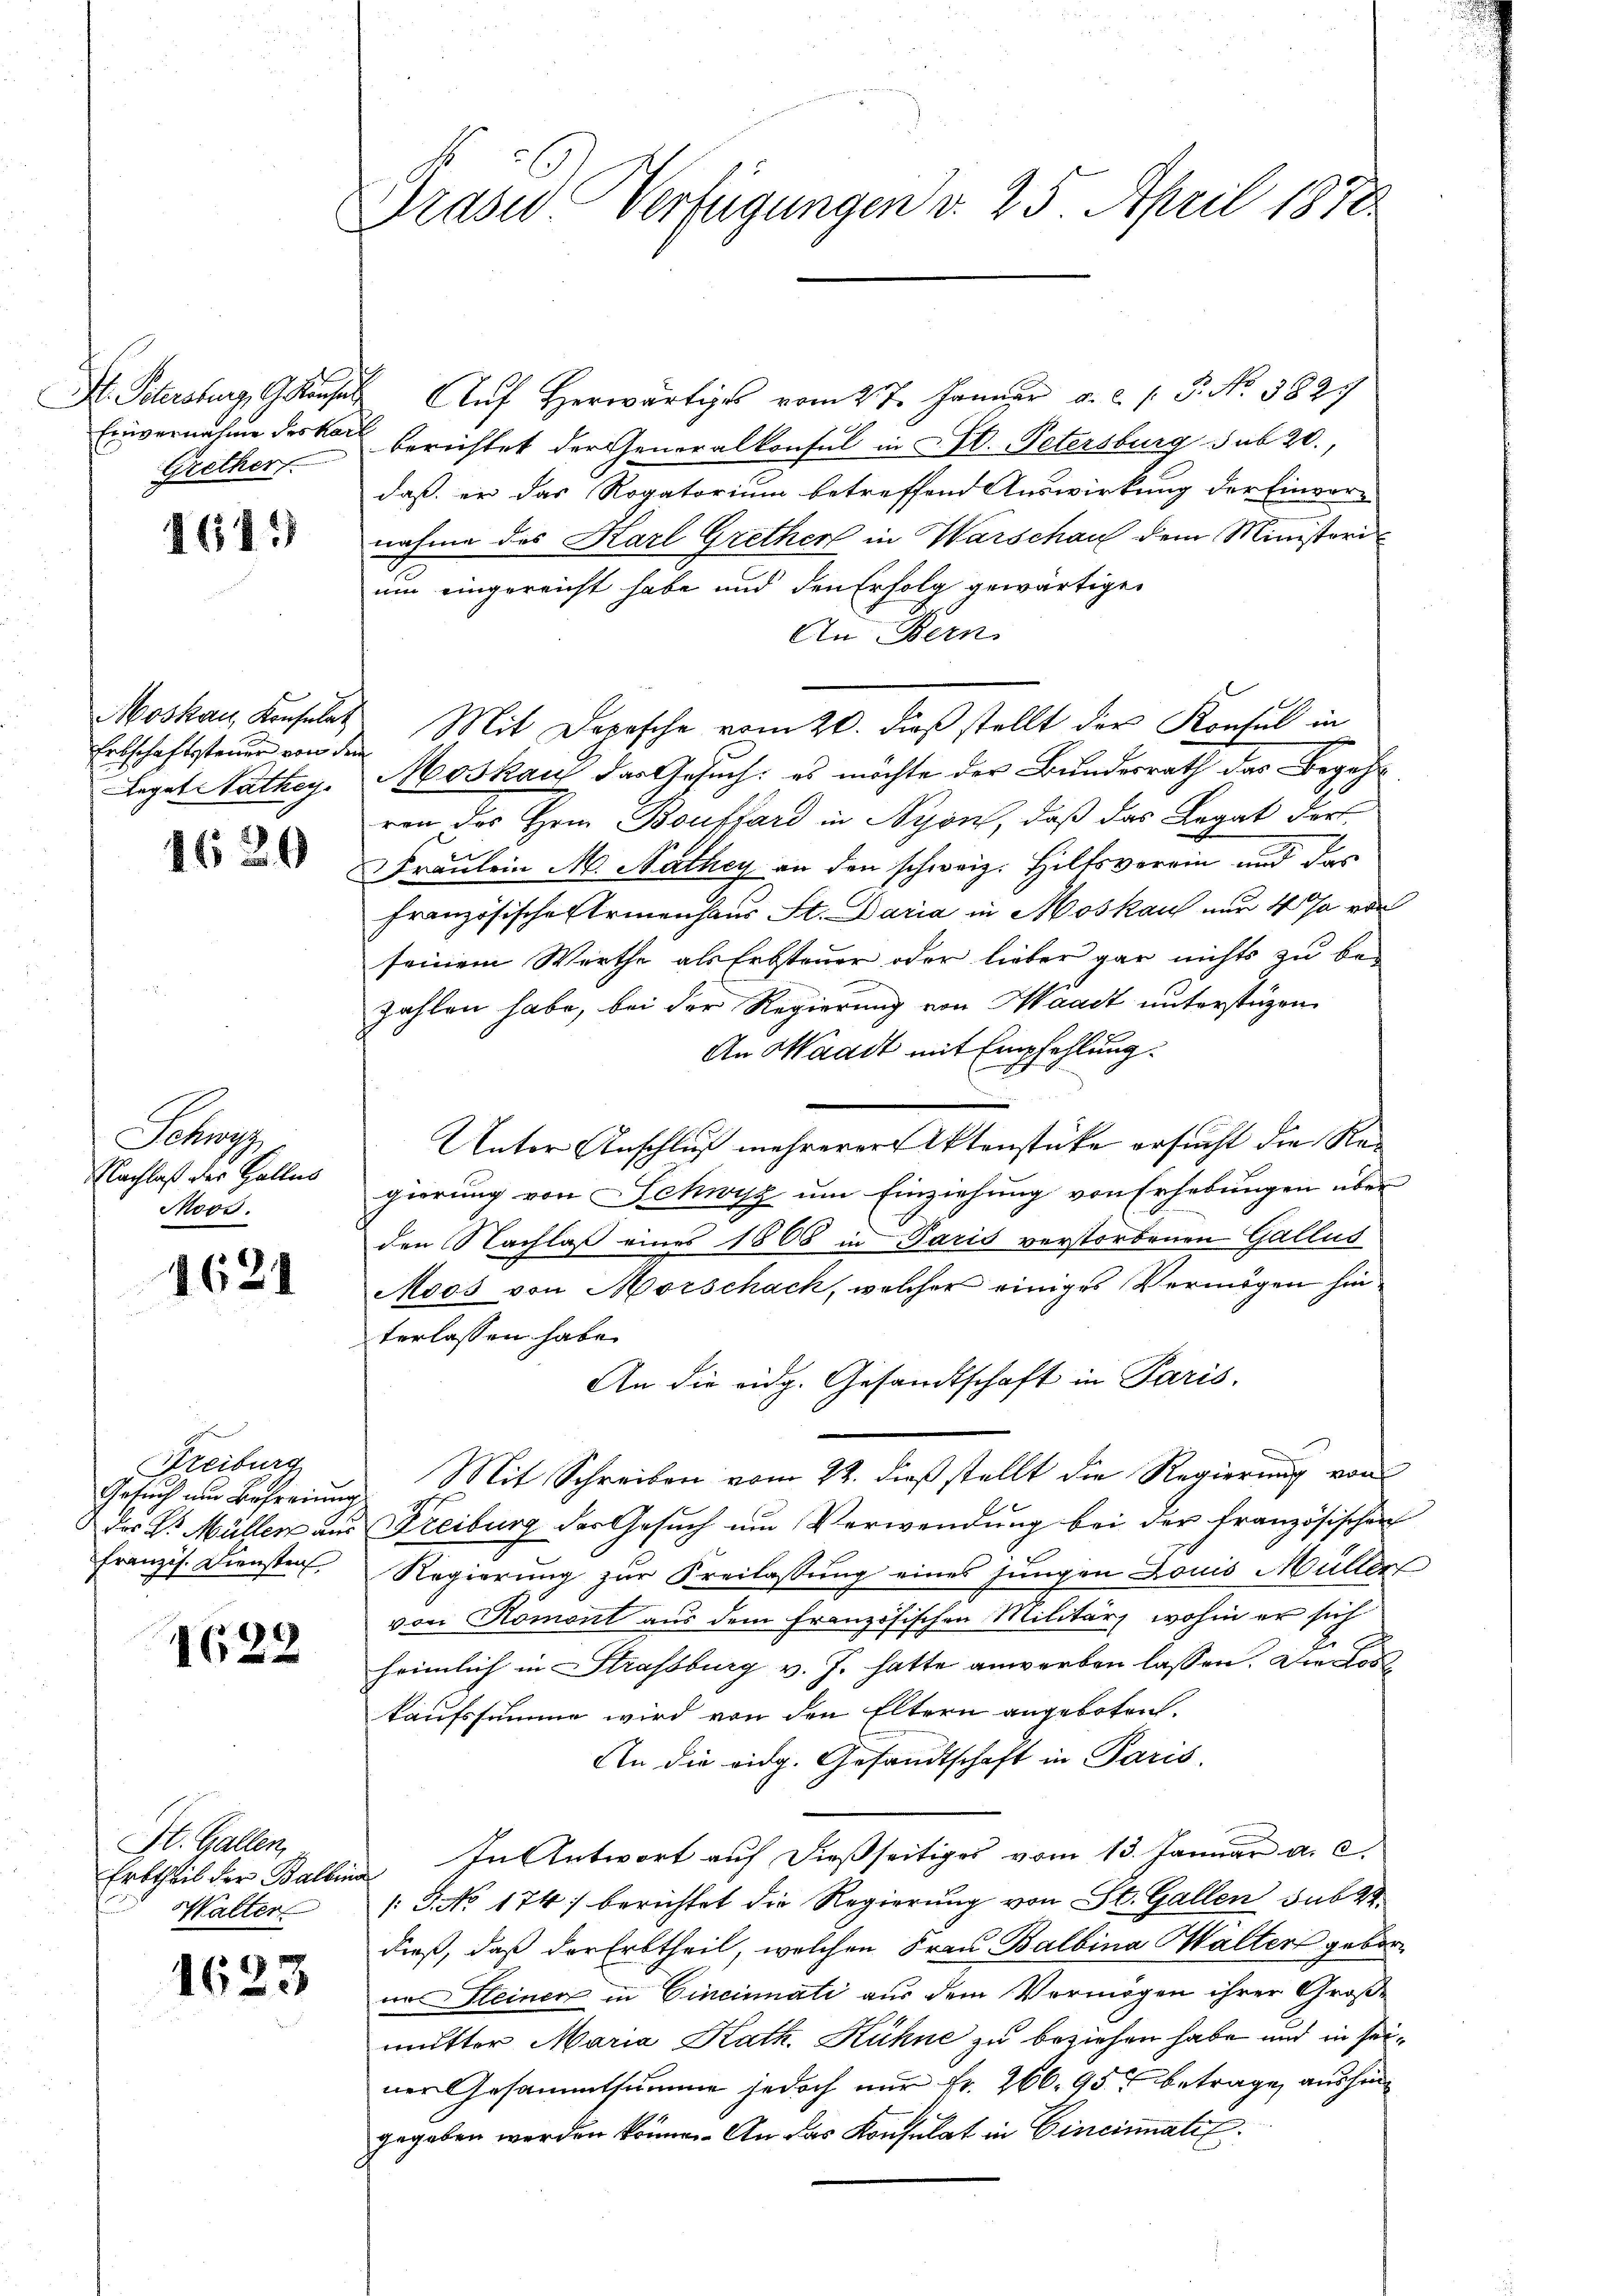
F. Schrechung, Gese
Einvernahme des Karl
Grethert.

611)

Moskau, Konsulat
Entschaftssteuer von dem
Legat Nathey

4629

Sacra
Nachlaß der Galles
Moos.

1621

Freiburg
Gesuch um Befreiung
des V. Müller aus
Französ. Diensten

1622

St. Gallen
Erbtheil der Balbin
Walter

1623

Graser Verfügungen d. 25. April 1870

Auf Herwärtiges vom 27. Januar a. c. P. No. 3827
berichtet der Generalkonsul in D. Petersburg sub 20.
daß er das Rogatorium betreffend Auswirkung der Einver-
nahme des Karl Grether in Warschau dem Ministeri
um eingereicht habe und den Erfolg gewärtigen
An Bern
Mit Dorosche vom 20. dieß stellt der Konsul in
Moskau das Gesuch: es möchte der Bundesrath das Begehr
ren des Herr Boukfard in Nyon, daß das Legat der
Fräulein M. Nathey an den schweiz. Hilfsverrin und das
französische Armenhaus St. Daria in Moskauf nur 4 Ja von
seinem Werthe als Erbsteuer oder lieber gar nichts zu bezahlen habe, bei der Regierung von Waadt unterstüzen
An Waadt mit Empfehlung.
Unter Anschluß mehrerer Aktenstücke ersucht die Re-
gierung von Schwyz um Einziehung von Erhebungen über
den Nachlaß eines 1868 in Paris verstorbenen Gallus
Moos von Morschach, welcher einiges Vermögen hinterlassen habe.
An die eidg. Gesandtschaft in Paris.
Mit Schreiben vom 22. dieß stellt die Regierung von
Freiburg der Gesuch um Verwendung bei der französischen
Regierung zur Freilassung eines jungen Louis Müller
von Romont aus dem französischen Militärs wohin er sich
heimlich in Strassburg v. J. hatte anwerben lassen. Die Loskaufssumme wird von den Eltern angeboten.
An die eidg. Gesandtschaft in Paris,
In Antwort auf dießseitiges vom 13. Januar a. c.
/: P. No 174) berichtet die Regierung von St. Gallen sub 2
dieß, daß der Erbtheil, welchen Frau Balbina Walter geborin Fleinen in Cincinati aus dem Vermögen ihrer Große
mutter Maria Kath. Kühne zu beziehen habe und in seiner Gesammtsumme jedoch nur fr. 266. 95 betrage, aushingegeben werden könne. An das Konsulat in Cincinati

s